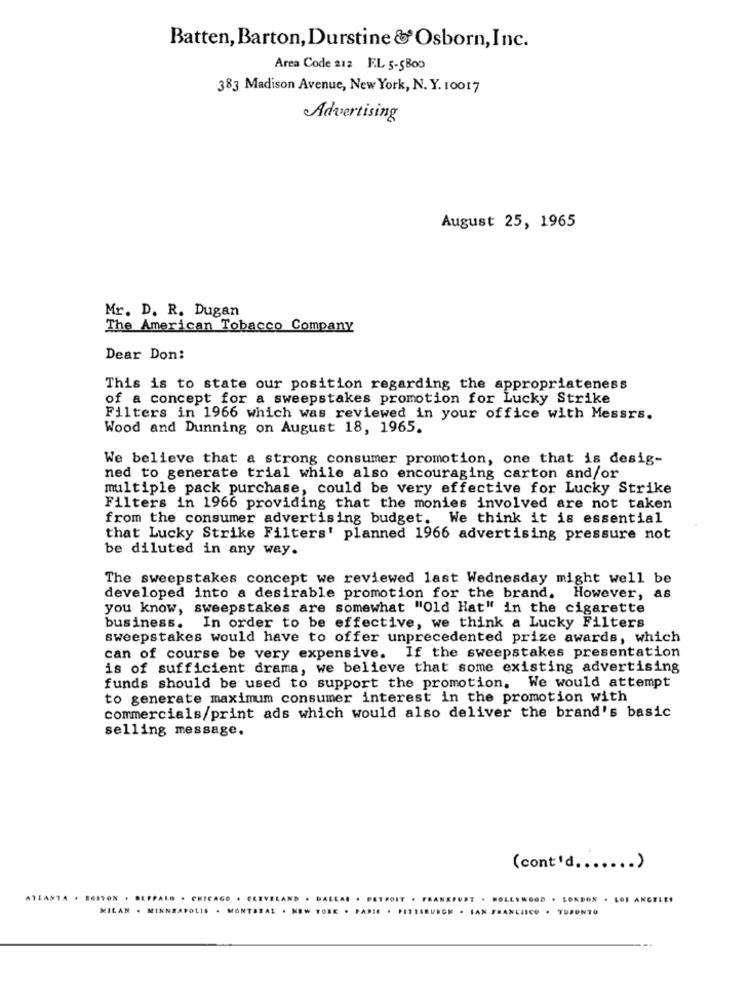
Batten, Barton,Durstine &Osborn, Inc.
Area Code 212 EL 5-5800
383 Madison Avenue, New York, N. Y. 10017
Advertising
August 25, 1965
Mr. D. R. Dugan
The American Tobacco Company
Dear Don:
This is to state our position regarding the appropriateness
of a concept for a sweepstakes promotion for Lucky Strike
Filters in 1966 which was reviewed in your office with Messrs.
Wood and Dunning on August 18, 1965.
We believe that a strong consumer promotion, one that is desig-
ned to generate trial while also encouraging carton and/or
multiple pack purchase, could be very effective for Lucky Strike
Filters in 1966 providing that the monies involved are not taken
from the consumer advertising budget. We think it is essential
that Lucky Strike Filters' planned 1966 advertising pressure not
be diluted in any way.
The sweepstakes concept we reviewed last Wednesday might well be
developed into a desirable promotion for the brand. However, as
you know, sweepstakes are somewhat "Old Hat" in the cigarette
business. In order to be effective, we think a Lucky Filters
sweepstakes would have to offer unprecedented prize awards, which
can of course be very expensive. If the sweepstakes presentation
is of sufficient drama, we believe that some existing advertising
funds should be used to support the promotion. We would attempt
to generate maximum consumer interest in the promotion with
commercials/print ads which would also deliver the brand's basic
selling message.
(cont'd ....... )
ATLANTA . BOSTON . BUFFALO . CHICAGO
. HOLLYWOOD . LONDON . LOS ANGELES
MILAN . MINNEAPOLIS . MONTREAL . N
NEW YORK . PARIS . PITTSBURGH . SAN FRANCISCO . TORONTO